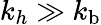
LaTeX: k_{h}\gg k_{\mathrm{b}}